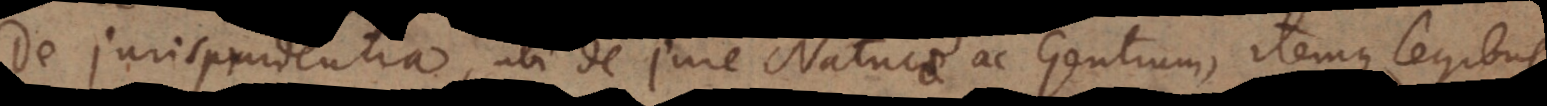
De Jurisprudentia, ubi de Jure Naturae ac Gentium, itemque legibus